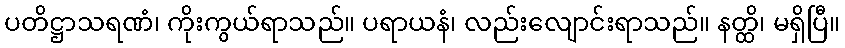
ပတိဋ္ဌာသရဏံ၊ ကိုးကွယ်ရာသည်။ ပရာယနံ၊ လည်းလျောင်းရာသည်။ နတ္ထိ၊ မရှိပြီ။